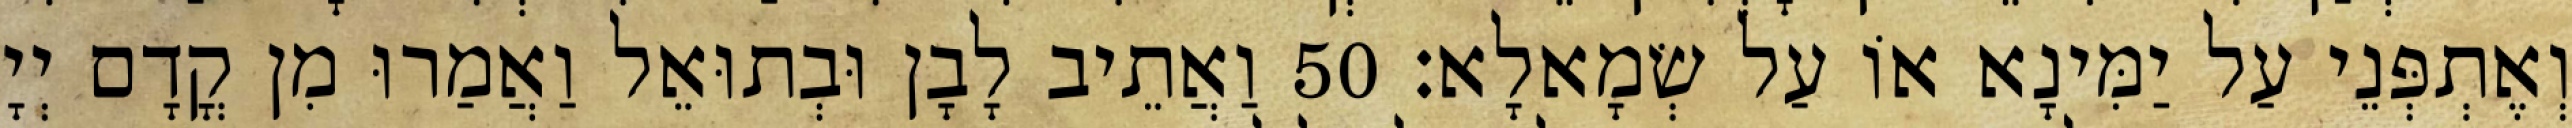
וְאֶתְפְּנֵי עַל יַמִּינָא אוֹ עַל שְׂמָאלָא׃ 50 וַאֲתֵיב לָבָן וּבְתוּאֵל וַאֲמַרוּ מִן קֳדָם יְיָ